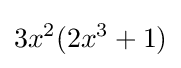
3x^{2}(2x^{3}+1)